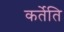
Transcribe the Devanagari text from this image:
कर्तेति